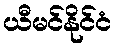
ယီမင်နိုင်ငံ